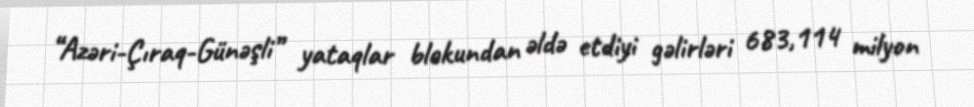
“Azəri-Çıraq-Günəşli” yataqlar blokundan əldə etdiyi gəlirləri 683,114 milyon